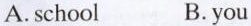
A.school B. you